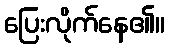
ပြေးလိုက်နေ၏။